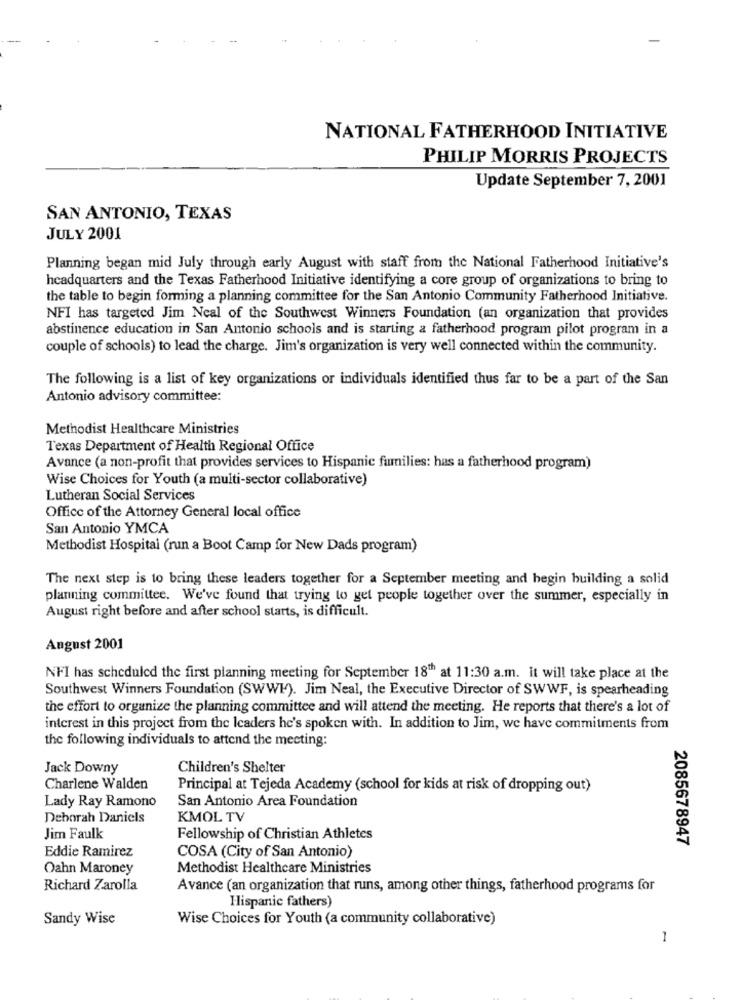
NATIONAL FATHERHOOD INITIATIVE
PHILIP MORRIS PROJECTS
Update September 7, 2001
SAN ANTONIO, TEXAS
JULY 2001
Planning began mid July through early August with staff from the National Fatherhood Initiative's
headquarters and the Texas Fatherhood Initiative identifying a core group of organizations to bring to
the table to begin forming a planning committee for the San Antonio Community Fatherhood Initiative.
NFI has targeted Jim Neal of the Southwest Winners Foundation (an organization that provides
abstinence education in San Antonio schools and is starting a fatherhood program pilot program in a
couple of schools) to lead the charge. Jim's organization is very well connected within the community.
The following is a list of key organizations or individuals identified thus far to be a part of the San
Antonio advisory committee:
Methodist Healthcare Ministries
Texas Department of Health Regional Office
Avance (a non-profit that provides services to Hispanic fumilies: has a fatherhood program)
Wise Choices for Youth (a multi-sector collaborative)
Lutheran Social Services
Office of the Attorney General local office
San Antonio YMCA
Methodist Hospital (run a Boot Camp for New Dads program)
The next step is to bring these leaders together for a September meeting and begin building a solid
planning committee. We've found that trying to get people together over the summer, especially in
August right before and after school starts, is difficult.
Angust 2001
NFI has scheduled the first planning meeting for September 18" at 11:30 a.m. It will take place at the
Southwest Winners Foundation (SWWI). Jim Neal, the Executive Director of SWWF, is spearheading
the effort to organize the planning committee and will attend the meeting. He reports that there's a lot of
interest in this project from the Icaders he's spoken with. In addition to Jim, we have commitments from
the following individuals to attend the meeting:
Jack Downy
Children's Shelter
Charlene Walden
Principal at Tejeda Academy (school for kids at risk of dropping out)
Lady Ray Ramono
San Antonio Area Foundation
Deborah Daniels
KMOL TV
Jim Faulk
Fellowship of Christian Athletes
2085678947
Eddie Ramirez
COSA (City of San Antonio)
Oahn Maroney
Methodist Healthcare Ministries
Richard Zarolla
Avance (an organization that runs, among other things, fatherhood programs for
Hispanic fathers)
Sandy Wise
Wise Choices for Youth (a community collaborative)
1